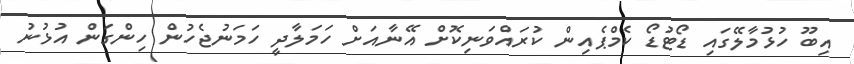
އިބޫ ހުޅުމާލޭގައި ޑޯޓުޑޯ ކެމްޕެއިން ކުރައްވަނިކޮށް އޭނާއަށް ހަމަލާދީ ހަމަނުޖެހުން ހިންގަން އުޅުނު